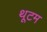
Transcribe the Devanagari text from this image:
थूटम